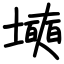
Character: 㙽